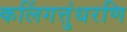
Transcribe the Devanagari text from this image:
कलिंगत्तुंधरणि